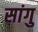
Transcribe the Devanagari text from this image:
सांगु